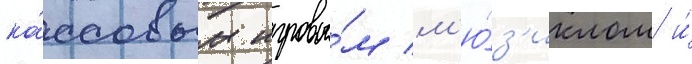
ка́ссовым игровы́м м'ю́з'иклом и́